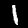
Label: 1